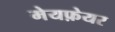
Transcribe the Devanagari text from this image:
मेयफ़ेयर